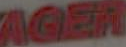
AGER